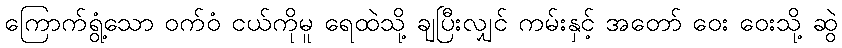
ကြောက်ရွံ့သော ဝက်ဝံ ငယ်ကိုမူ ရေထဲသို့ ချပြီးလျှင် ကမ်းနှင့် အတော် ဝေး ဝေးသို့ ဆွဲ